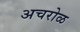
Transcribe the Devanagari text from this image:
अचरोळ